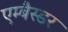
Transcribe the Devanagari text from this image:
एम्बैस्डर